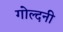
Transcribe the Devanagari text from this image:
गोल्दनी